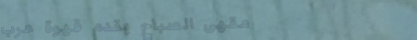
مقهى الصباح يقدم قهوة عرب